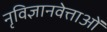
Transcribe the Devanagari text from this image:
नृविज्ञानवेत्ताओं